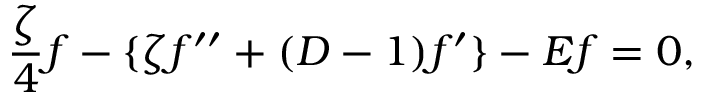
\frac { \zeta } { 4 } f - \{ \zeta f ^ { \prime \prime } + ( D - 1 ) f ^ { \prime } \} - E f = 0 ,